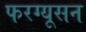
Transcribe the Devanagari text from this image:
फरग्यूसन